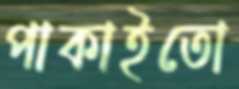
পাকাইতো